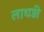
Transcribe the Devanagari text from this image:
लाथड़ी